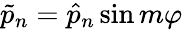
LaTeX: \tilde{p}_{n}=\hat{p}_{n}\sin{m\varphi}